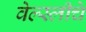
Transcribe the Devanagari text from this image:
वेल्स्लीचे